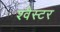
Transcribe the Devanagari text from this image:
श्वैस्टर